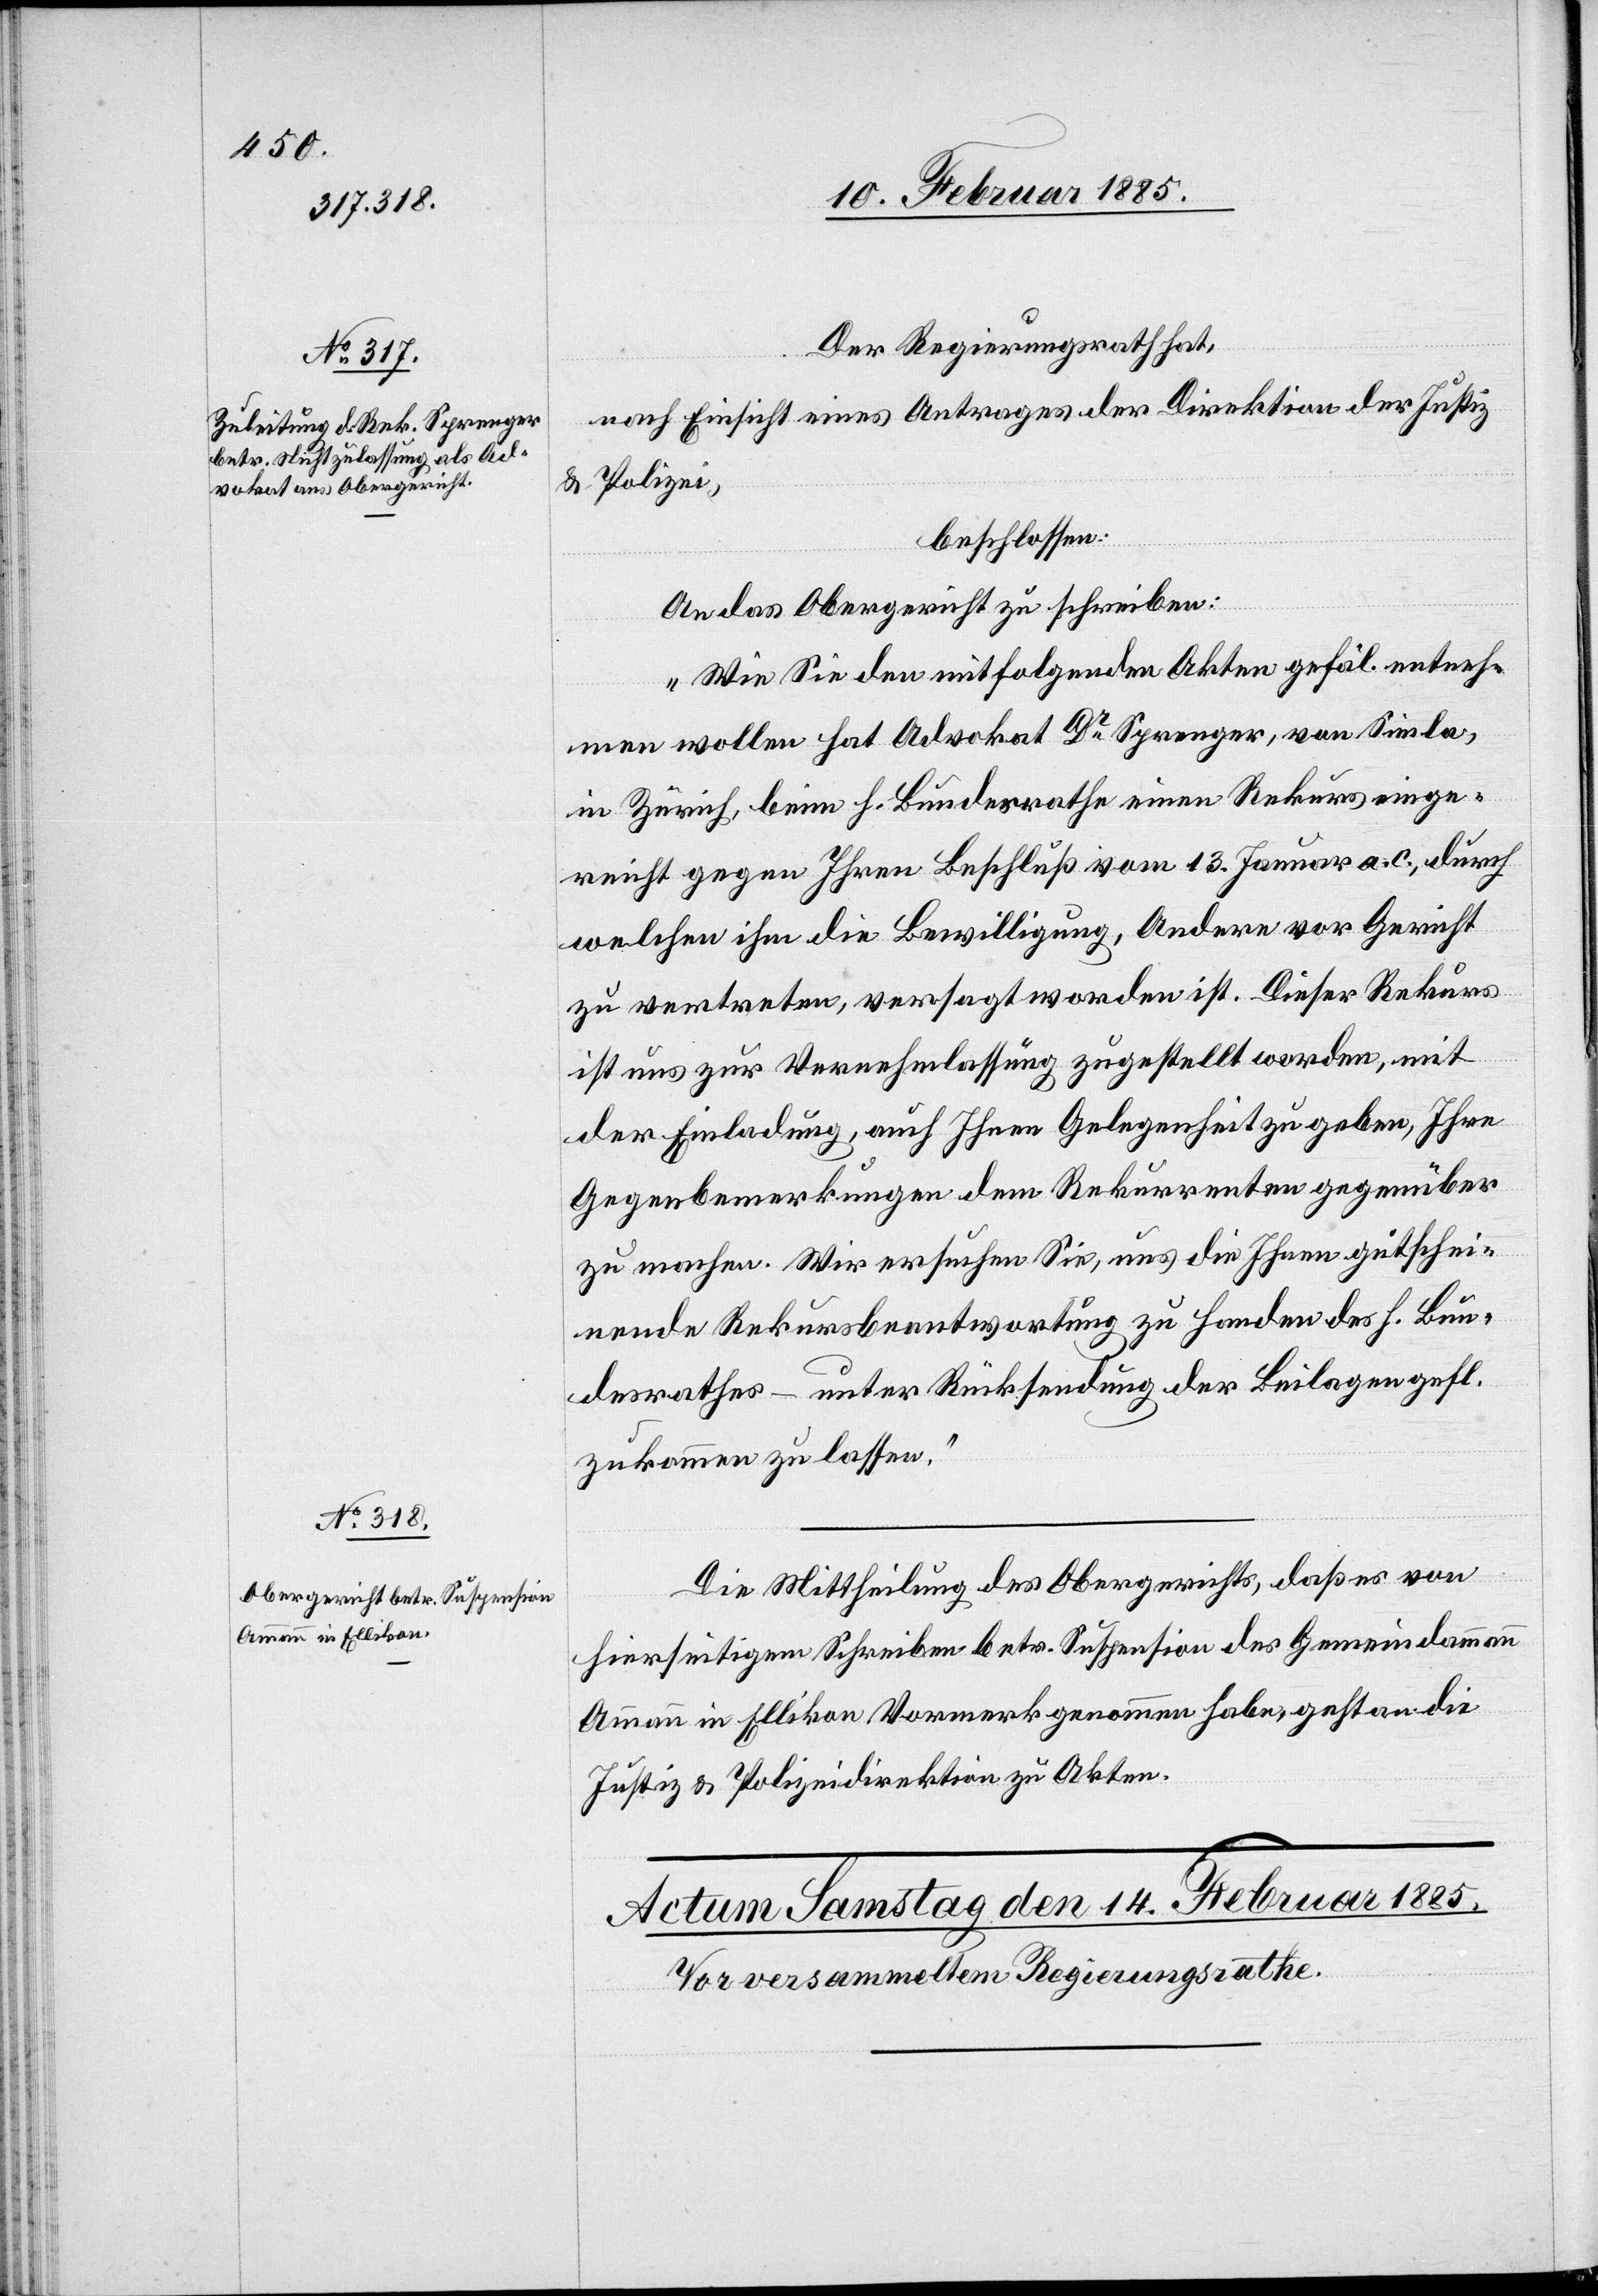
13. Februar 1885.]
Der Regierungsrath hat,
nach Einsicht eines Antrages der Direktion der Justiz
& Polizei,
beschlossen:
An das Obergericht zu schreiben:
„Wie sie den mitfolgenden Akten gefäl. entneh¬
men wollen hat Advokat Dr Sprenger, von Simla,
in Zürich, beim h. Bundesrathe einen Rekurs einge¬
reicht gegen Ihren Beschluß vom 13. Januar a. c., durch
welchen ihm die Bewilligung, Andere vor Gericht
zu vertreten, versagt worden ist. Dieser Rekurs
ist uns zur Vernehmlassung zugestellt worden, mit
der Einladung, auf Ihnen Gelegenheit zu geben, Ihre
Gegenbemerkungen dem Rekurrenten gegenüber
zu machen. Wir ersuche Sie, uns die Ihnen gutschei¬
dende Rekursbeantwortung zu Handen des H. Bun¬
desrathes – unter Rücksendung der Beilagen gefl.
zukommen zu lassen.“
Die Mittheilung des Obergerichts, daß es von
hierseitigem Schreiben betr. Suspension des Gemeindammann
Ammann in Ellikon Vormerk genommen habe, geht an die
Justiz- & Polizeidirektion zu Akten.